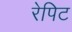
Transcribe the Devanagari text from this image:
रेपिट